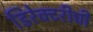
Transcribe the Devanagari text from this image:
डिरेक्टरीची